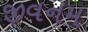
જીવનમ